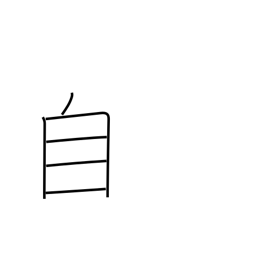
Meaning: oneself